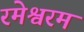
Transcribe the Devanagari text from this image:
रमेश्वरम